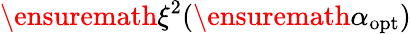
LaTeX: \ensuremath{\xi^{2}}(\ensuremath{\alpha_{\mathrm{opt}}})